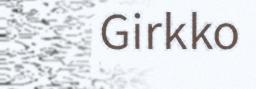
Girkko